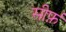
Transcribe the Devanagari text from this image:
सीर्फ़